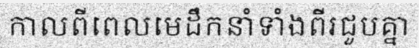
កាលពីពេលមេដឹកនាំទាំងពីរជួបគ្នា